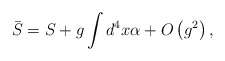
\begin{align*}\bar S=S+g\int d^4x\alpha +O\left( g^2\right) ,\end{align*}